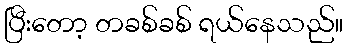
ပြီးတော့ တခစ်ခစ် ရယ်နေသည်။